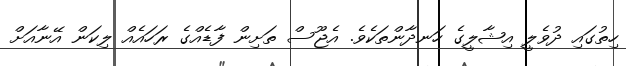
ހިތުގައި ދުވެލީ އިޝާލީގެ ހަނދާންތަކެވެ. އެޖޫސް ތަށިން ފާޑެއްގެ ރަހައެއް ލިކަން އޭނާއަށް